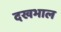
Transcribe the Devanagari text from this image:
दखभाल